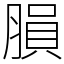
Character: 䐣